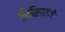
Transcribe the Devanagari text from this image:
एफिलिएट्स